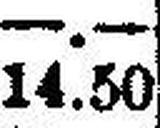
14.50